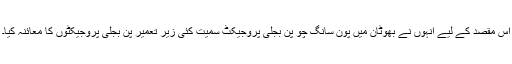
اس مقصد کے لیے انہوں نے بھوٹان میں پون سانگ چو پن بجلی پروجیکٹ سمیت کئی زیر تعمیر پن بجلی پروجیکٹوں کا معائنہ کیا۔